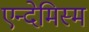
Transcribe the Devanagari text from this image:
एन्देमिस्म